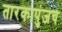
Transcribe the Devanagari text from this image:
तारकापुंजच